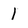
Character: 1